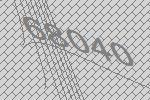
68040